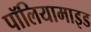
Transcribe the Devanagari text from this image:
पॉलियामाइड